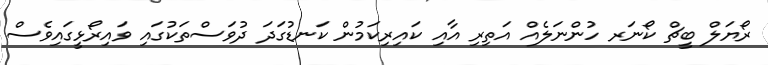
ރޯޔަލް ބީޗް ކޯނަރ ހުންނަލެއް އަތިރި އާއި ކައިރިކަމުން ކަނޑުގަދަ ދުވަސްތަކުގައި ވައިރޯޅީގައިވެސް